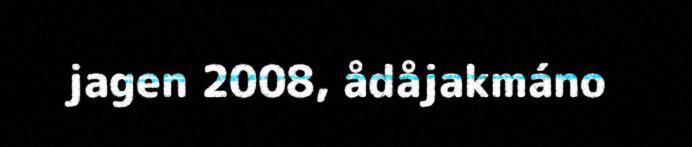
jagen 2008, ådåjakmáno